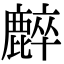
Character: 𪋌